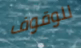
للوقوف